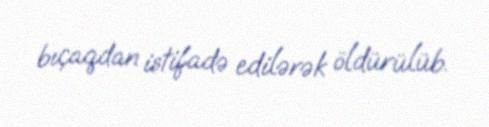
bıçaqdan istifadə edilərək öldürülüb.